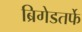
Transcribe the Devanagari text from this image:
ब्रिगेडतर्फे